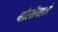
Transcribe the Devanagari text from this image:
बोलीवाले